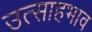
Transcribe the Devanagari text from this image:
उत्साहभाव